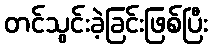
တင်သွင်းခဲ့ခြင်းဖြစ်ပြီး